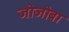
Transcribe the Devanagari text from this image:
जोजोबा